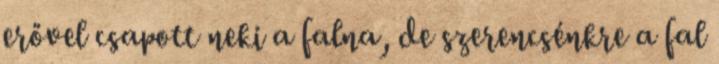
erővel csapott neki a falna, de szerencsénkre a fal